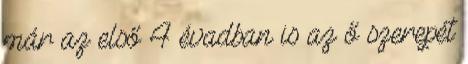
már az első 4 évadban is az ő szerepét